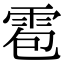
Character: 雹